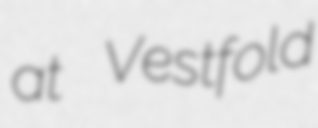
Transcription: at Vestfold